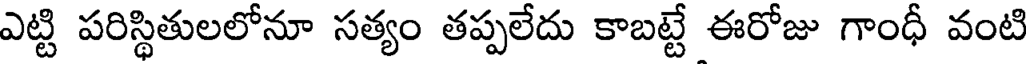
ఎట్టి పరిస్థితులలోనూ సత్యం తప్పలేదు కాబట్టే ఈరోజు గాంధీ వంటి